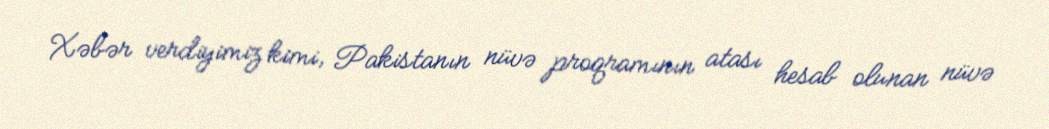
Xəbər verdiyimiz kimi, Pakistanın nüvə proqramının atası hesab olunan nüvə